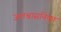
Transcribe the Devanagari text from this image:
जलश्वासनिका